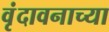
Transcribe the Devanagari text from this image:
वृंदावनाच्या